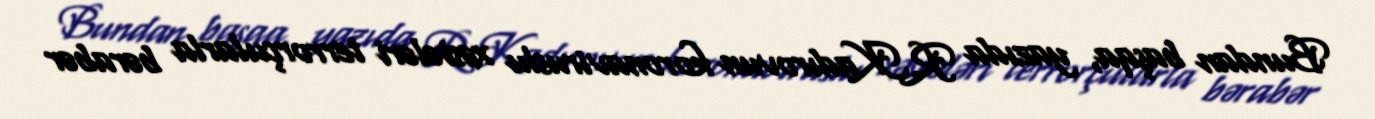
Bundan başqa, yazıda R.Kadırovun koronaviruslu xəstələri terrorçularla bərabər